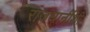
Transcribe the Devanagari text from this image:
राजधानींशी